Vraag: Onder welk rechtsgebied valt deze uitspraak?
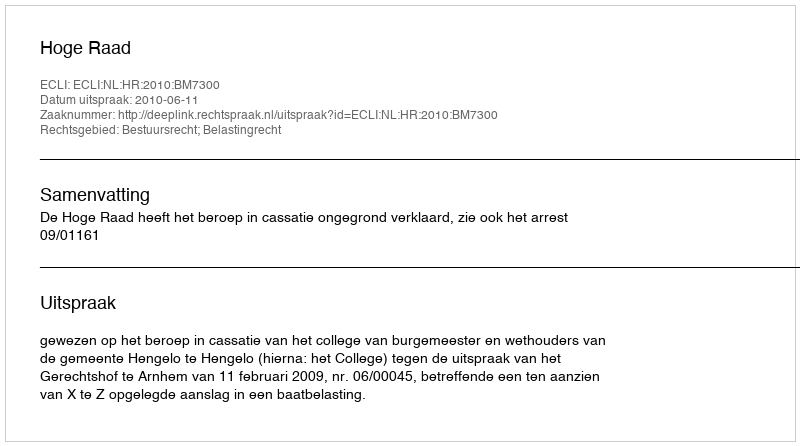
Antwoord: Bestuursrecht; Belastingrecht